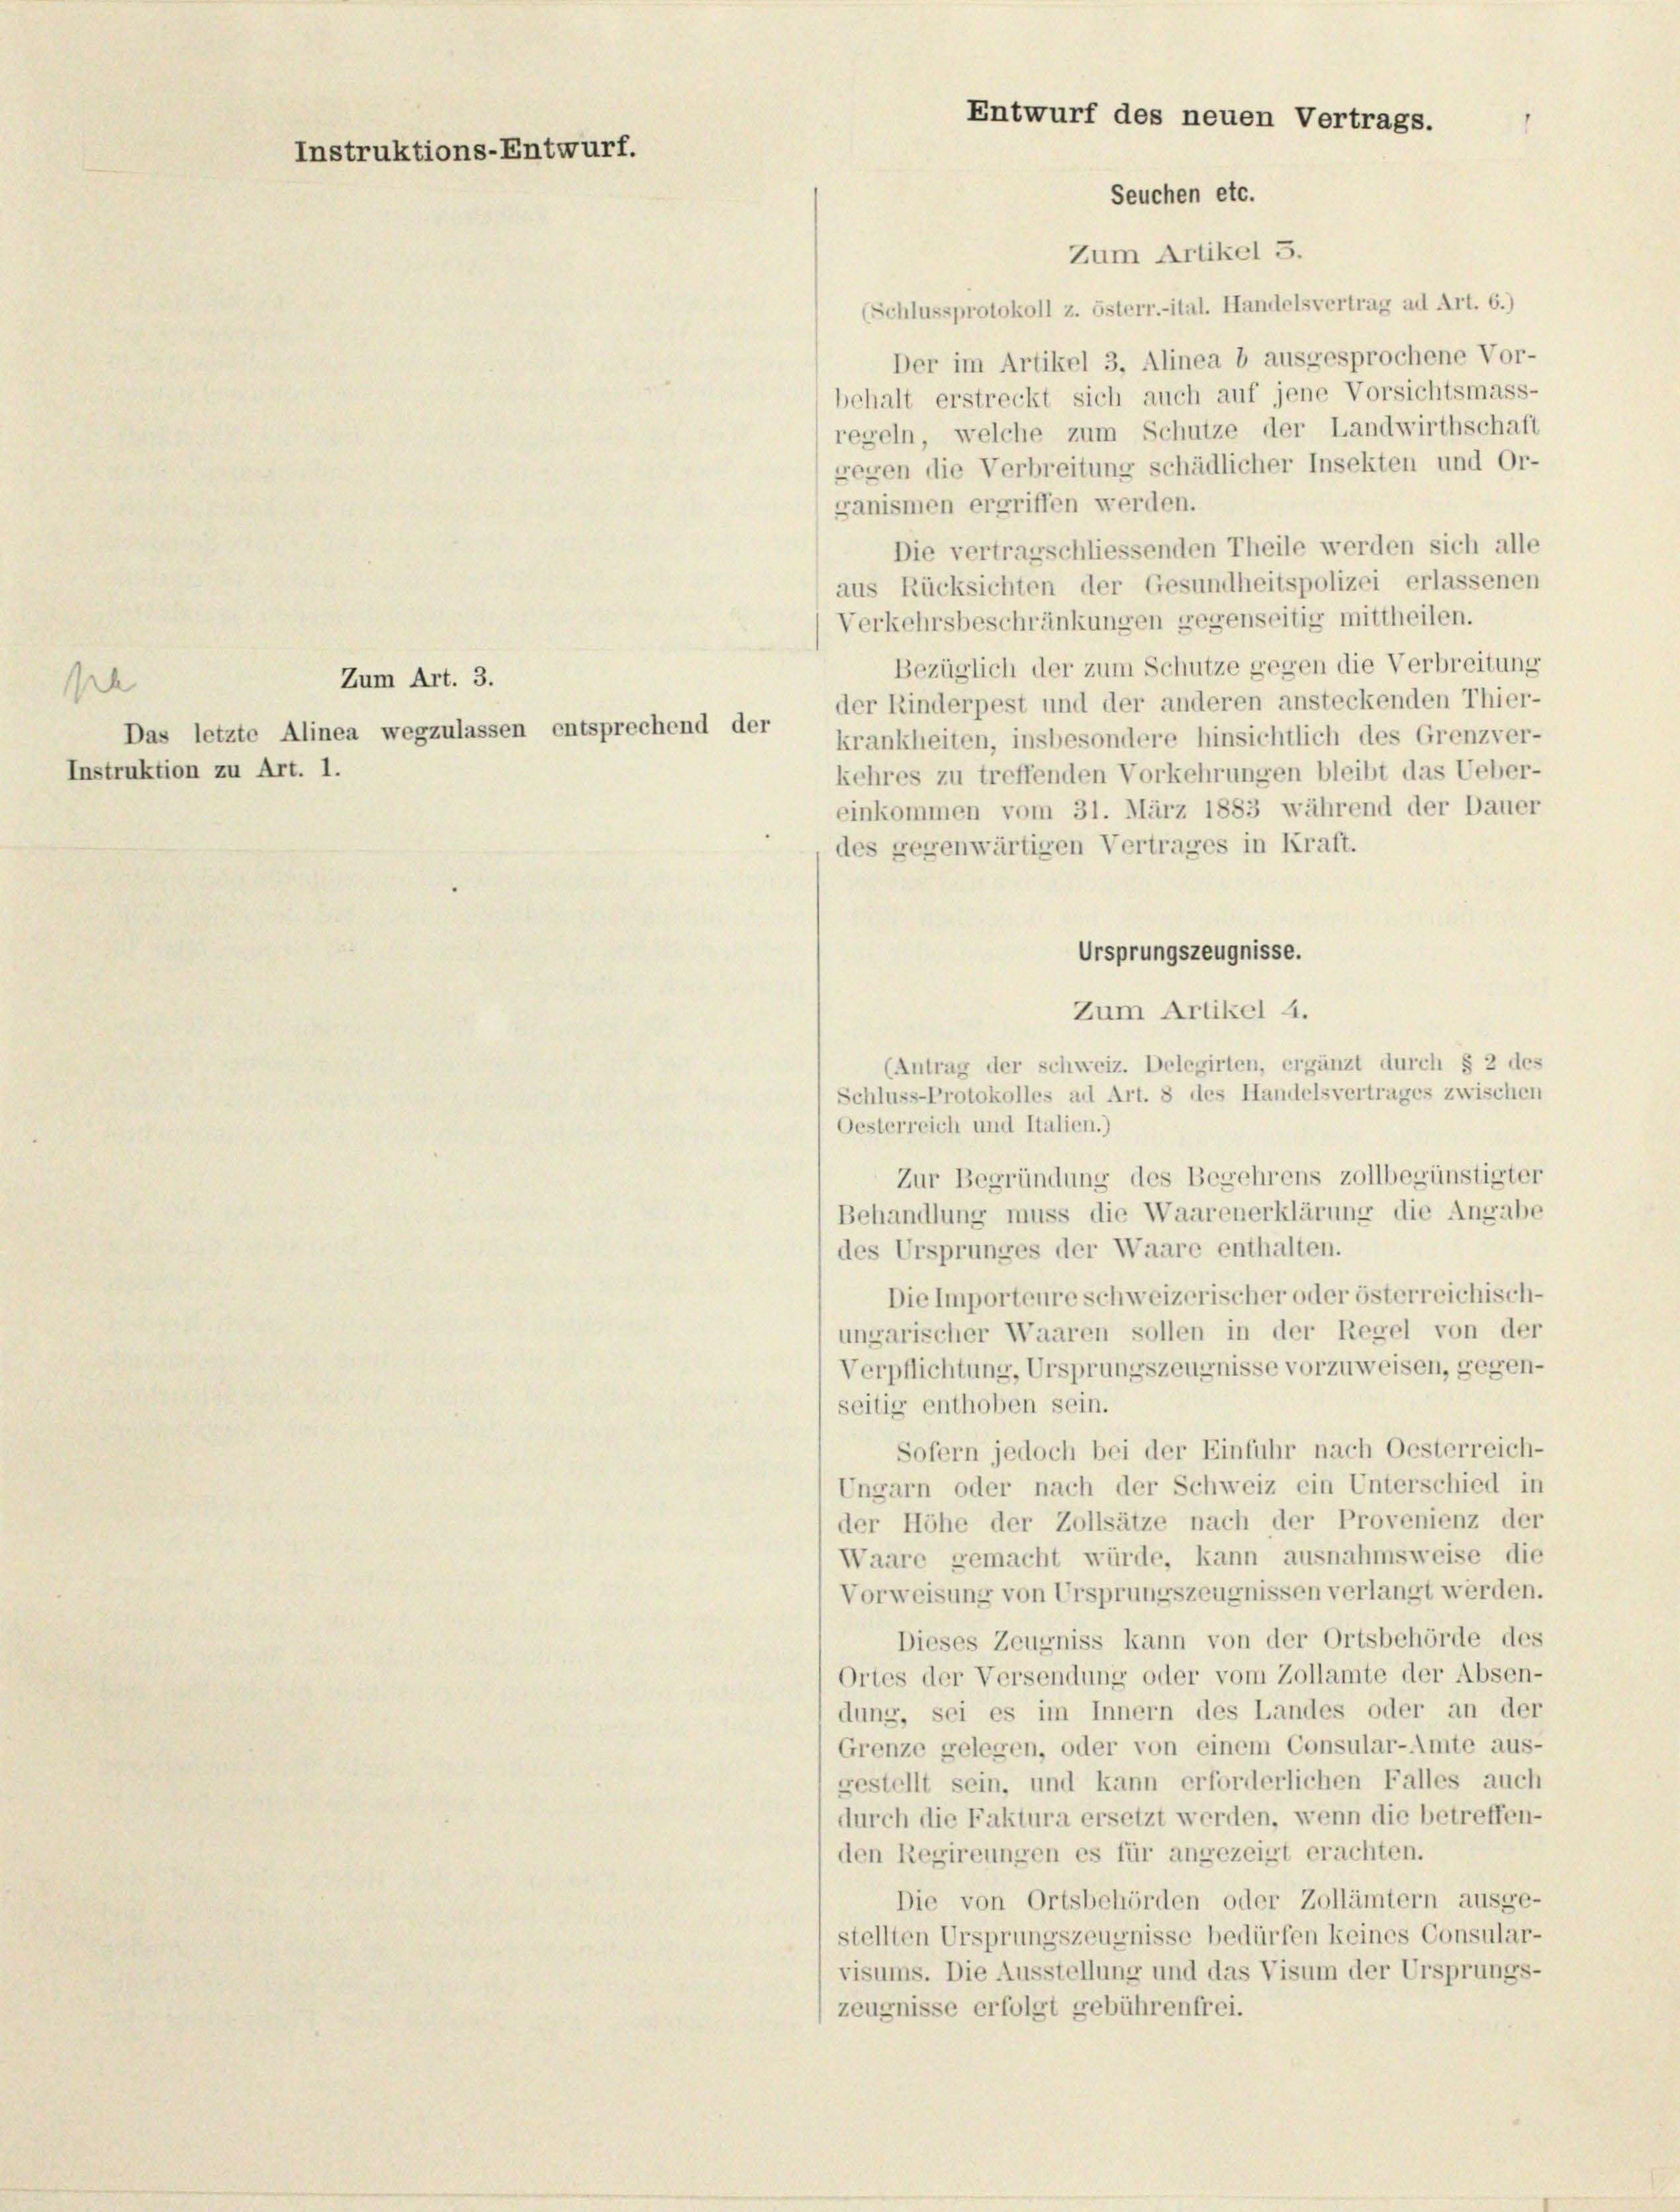
se
Das letzte Alinea wegzulassen entsprechend der
Instruktion zu Art. 1.

Instruktions-Entwurf.

Zum Art. 3.

Zum Artikel 5.
(Schlussprotokoll z. österr.-ital. Handelsvertrag ad Art. 6.)
Der im Artikel 3, Alinea b ausgesprochene Vor-
behalt erstreckt sich auch auf jene Vorsichtsmass-
regeln, welche zum Schutze der Landwirthschaft
gegen die Verbreitung schädlicher Insekten und Or-
ganismen ergriffen werden.
Die vertragschliessenden Theile werden sich alle
aus Rücksichten der Gesundheitspolizei erlassenen
Verkehrsbeschränkungen gegenseitig mittheilen.
Bezüglich der zum Schutze gegen die Verbreitung
der Rinderpest und der anderen ansteckenden Thier-
krankheiten, insbesondere hinsichtlich des Grenzver-
kehres zu treffenden Vorkehrungen bleibt das Ueber-
einkommen vom 31. März 1883 während der Dauer
des gegenwärtigen Vertrages in Kraft.
Ursprungszeugnisse.
Zum Artikel 4.
(Antrag der Schweiz. Delegirten, ergänzt durch § 2 des
Schluss-Protokolles ad Art. 8 des Handelsvertrages zwischen
Oesterreich und Italien.)
Zur Begründung des Begehrens zollbegünstigter
Behandlung muss die Waarenerklärung die Angabe
des Ursprunges der Waare enthalten.
Die Importeure schweizerischer oder österreichisch-
ungarischer Waaren sollen in der Regel von der
Verpflichtung, Ursprungszeugnisse vorzuweisen, gegen-
seitig enthoben sein.
Sofern jedoch bei der Einfuhr nach Oesterreich-
Ungarn oder nach der Schweiz ein Unterschied in
der Höhe der Zollsätze nach der Provenienz der
Waare gemacht würde, kann ausnahmsweise die
Vorweisung von Ursprungszeugnissen verlangt werden.
Dieses Zeugniss kann von der Ortsbehörde des
Ortes der Versendung oder vom Zollamte der Absen-
dung, sei es im Innern des Landes oder an der
Grenze gelegen, oder von einem Consular-Amte aus-
gestellt sein, und kann erforderlichen Falles auch
durch die Faktura ersetzt werden, wenn die betreffen-
den Regireungen es für angezeigt erachten.
Die von Ortsbehörden oder Zollämtern ausge-
stellten Ursprungszeugnisse bedürfen keines Consular-
visums. Die Ausstellung und das Visum der Ursprungs-
zeugnisse erfolgt gebührenfrei.

Entwurf des neuen Vertrags.
Seuchen etc.